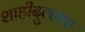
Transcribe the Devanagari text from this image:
शाहीदुल्लाह